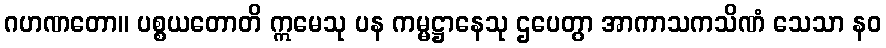
ဂဟဏတော။ ပစ္စယတောတိ ဣမေသု ပန ကမ္မဋ္ဌာနေသု ဌပေတွာ အာကာသကသိဏံ သေသာ နဝ